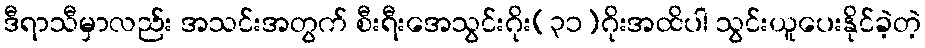
ဒီရာသီမှာလည်း အသင်းအတွက် စီးရီးအေသွင်းဂိုး(၃၁)ဂိုးအထိပါ သွင်းယူပေးနိုင်ခဲ့တဲ့